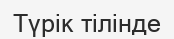
Түрік тілінде